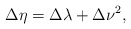
\begin{align*}\Delta\eta=\Delta\lambda+\Delta\nu^2,\end{align*}